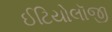
ઈટિયોલૉજી